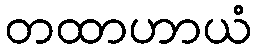
တထာဟာယံ